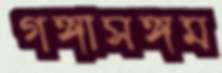
গঙ্গাসঙ্গম